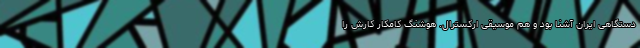
دستگاهی ایران آشنا بود و هم موسیقی ارکسترال. هوشنگ کامکار کارش را